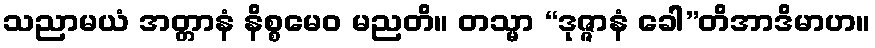
သညာမယံ အတ္တာနံ နိစ္စမေဝ မညတိ။ တသ္မာ “ဒုဇ္ဇာနံ ခေါ”တိအာဒိမာဟ။